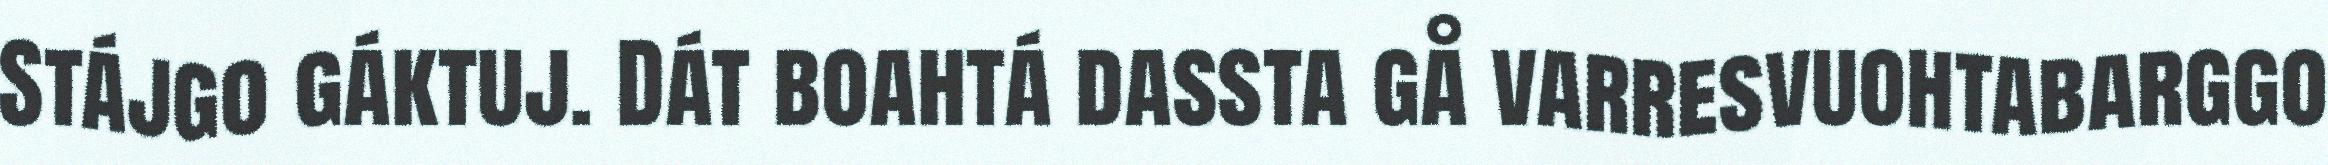
Stájgo gáktuj. Dát boahtá dassta gå varresvuohtabarggo